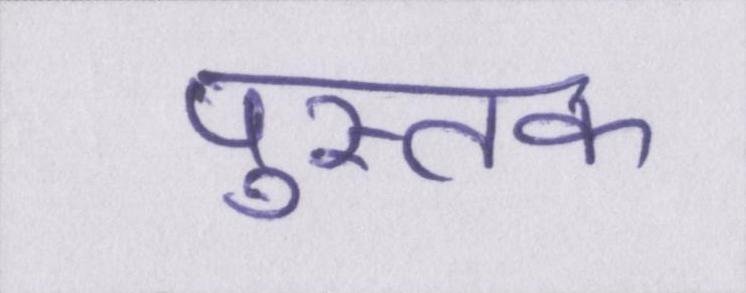
पुस्तक